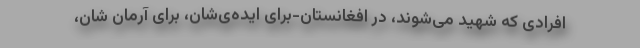
افرادی که شهید می‌شوند، در افغانستان-برای ایده‌ی‌شان، برای آرمان شان،